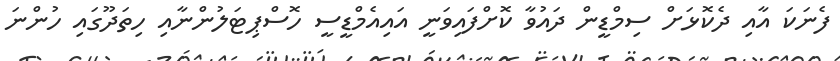
ފެނަކަ އާއި ދެކޮޅަށް ސިމްޑީން ދައުވާ ކޮށްފައިވަނީ އައިއެމްޑީސީ ހޮސްޕިޓަލުންނާއި ހިތަދޫގައި ހުންނަ